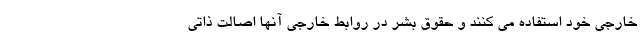
خارجی خود استفاده می کنند و حقوق بشر در روابط خارجی آنها اصالت ذاتی